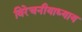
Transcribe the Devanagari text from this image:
विरेचनीयाध्याय